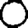
Digit: 0